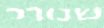
שנורר